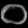
Digit: ၀